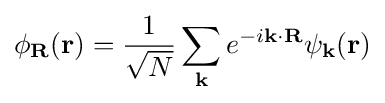
\phi _{\mathbf {R} }(\mathbf {r} )={\frac {1}{\sqrt {N}}}\sum _{\mathbf {k} }e^{-i\mathbf {k} \cdot \mathbf {R} }\psi _{\mathbf {k} }(\mathbf {r} )